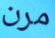
مرن